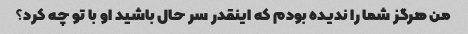
من هرگز شما را ندیده بودم که اینقدر سر حال باشید او با تو چه کرد؟